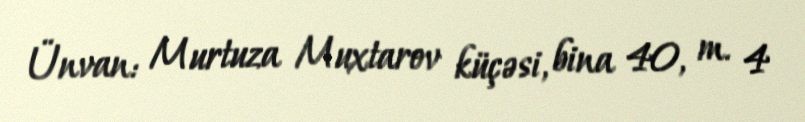
Ünvan: Murtuza Muxtarov küçəsi, bina 40, m. 4